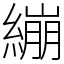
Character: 繃